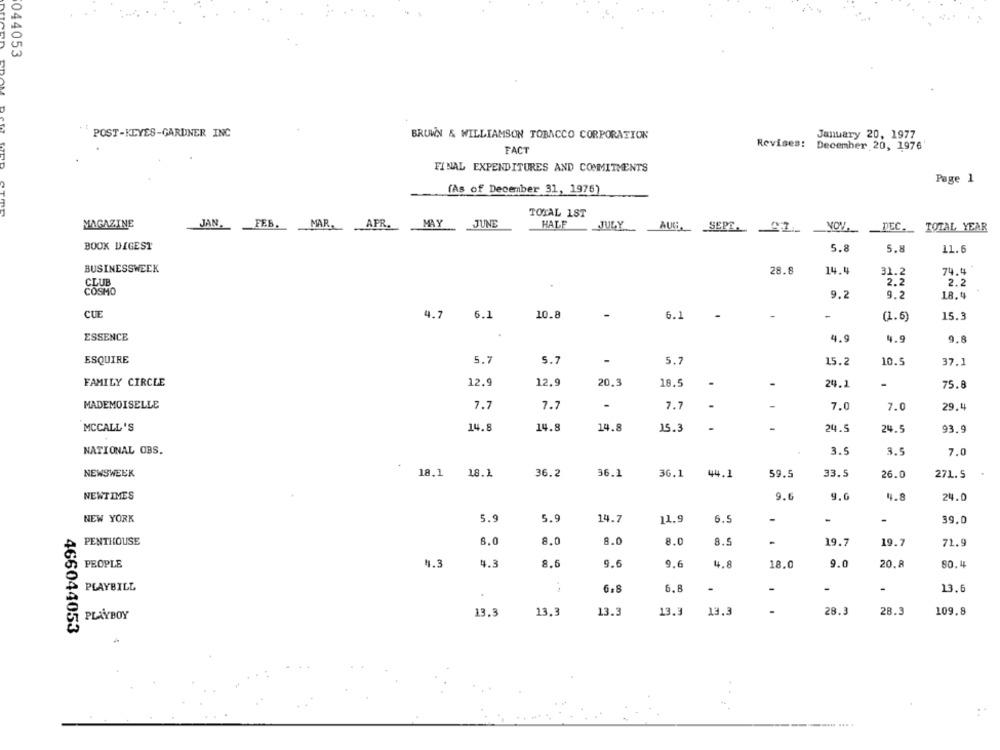
044053
EDAM
POST-KEYES-GARDNER INC
BROWN & WILLIAMSON TOBACCO CORPORATION
January 20, 1977
FACT
Revises:
December 20, 1976
FINAL EXPENDITURES AND COMMITMENTS
Page 1
(As of December 31, 1976)
TOTAL 1ST
MAGAZINE
JAN.
APR. MAY JUNE
HALF
JULY
FEB.MAR.
AUF SEPE. 41
YOV.
DEC. TOTAL YEAR
BOOK DIGEST
5.8
5.8
11.6
BUSINESSWEEK
28.8
14.4
31.2
74.4
CLUB
2.2
2.2
COSMO
9.2
9.2
18.4
CUE
4.7
6.1
10.8
6.1
-
-
15.3
(1.6)
ESSENCE
4.9
4.9
9.8
ESQUIRE
5.7
5.7
5.7
10.5
15.2
37.1
FAMILY CIRCLE
12.9
12.9
20.3
18.5
-
24.1
-
75.8
MADEMOISELLE
7.7
7.7
-
7.7
-
7.0
7.0
29.4
MCCALL 'S
14.8
14.8
14.8
15.3
24.5
24.5
93.9
NATIONAL OBS.
3.5
3.5
7.0
NEWSWEEK
36.2
6.1
36.1
44.1
59.5
33.5
18.1 18.1
26.0
271.5
NEWTIMES
9.6
9.0
4.8
24.0
NEW YORK
5.9
5.9
14.7
-
11.9
6.5
-
-
39.0
PENTHOUSE
8.0
8.0
8.0
8.0
8.5
19.7
19.7
71.9
PEOPLE
4.3
8.6
9.6
4.3
9.6
4.8
18.0
9.0
20.8
80.4
PLAYBILL
6,8
6.8
-
-
-
-
13.6
PLAYBOY
13.3
13.3
13.3
13.3
13.3
-
28.3
28.3
109.8
466044053
..... ... .